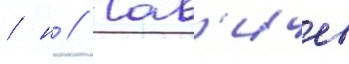
/ н // Сав'ичев